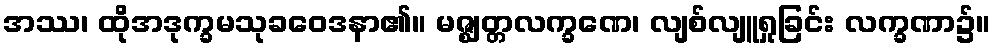
အဿ၊ ထိုအဒုက္ခမသုခဝေဒနာ၏။ မဇ္ဈတ္တလက္ခဏေ၊ လျစ်လျူရှုခြင်း လက္ခဏာ၌။